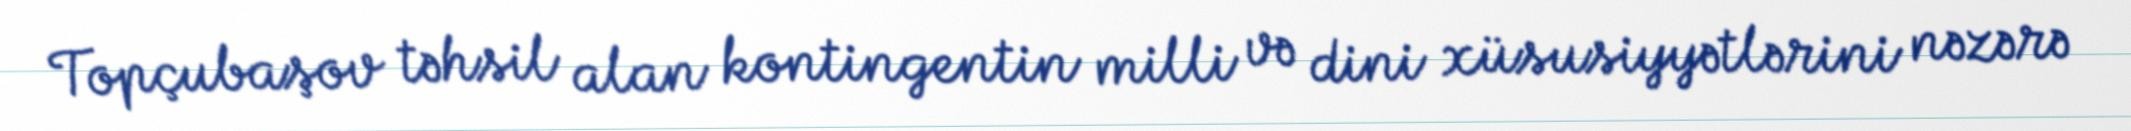
Topçubaşov təhsil alan kontingentin milli və dini xüsusiyyətlərini nəzərə